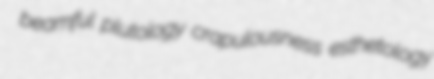
beamful plutology crapulousness esthetology